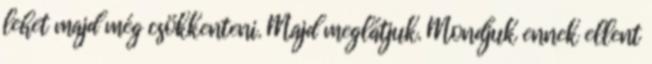
lehet majd még csökkenteni. Majd meglátjuk. Mondjuk ennek ellent